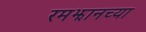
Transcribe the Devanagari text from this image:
रमझानच्या